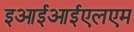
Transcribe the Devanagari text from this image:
इआईआईएलएम